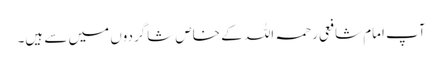
آپ امام شافعی رحمہ اللہ کے خاص شاگردوں میں سے ہیں۔